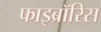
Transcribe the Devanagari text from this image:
फाइब्रॉरिस